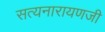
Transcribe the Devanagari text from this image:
सत्यनारायणजी